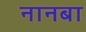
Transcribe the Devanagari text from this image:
नानबा